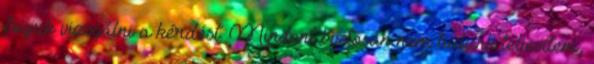
fogjuk vizsgálni a kérdést. Mindent biztosan nem tudunk teljesíteni,